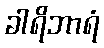
ခါရိဘာရံ